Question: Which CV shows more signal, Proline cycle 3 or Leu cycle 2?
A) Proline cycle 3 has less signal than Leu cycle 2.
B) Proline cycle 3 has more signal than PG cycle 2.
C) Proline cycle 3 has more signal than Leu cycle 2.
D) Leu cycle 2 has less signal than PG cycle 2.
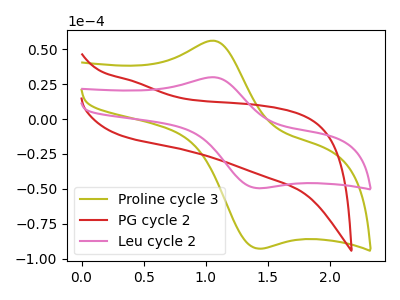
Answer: <think>The olive curve "Proline cycle 3" has an anodic peak at (1.05V, 56.15uA) and a cathodic peak at (1.40V, -92.70uA). The red curve "PG cycle 2" has no peaks. The pink curve "Leu cycle 2" has an anodic peak at (1.05V, 29.95uA) and a cathodic peak at (1.40V, -49.50uA).
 All the peaks in "Proline cycle 3" have a peak in "Leu cycle 2" at the same potential. Every peak in "Proline cycle 3" is higher than every peak in "Leu cycle 2".</think>
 <answer>C) "Proline cycle 3" has more signal than "Leu cycle 2".</answer>
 <eval>C</eval>